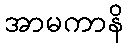
အာမကာနိ